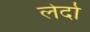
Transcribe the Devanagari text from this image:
लेर्दा